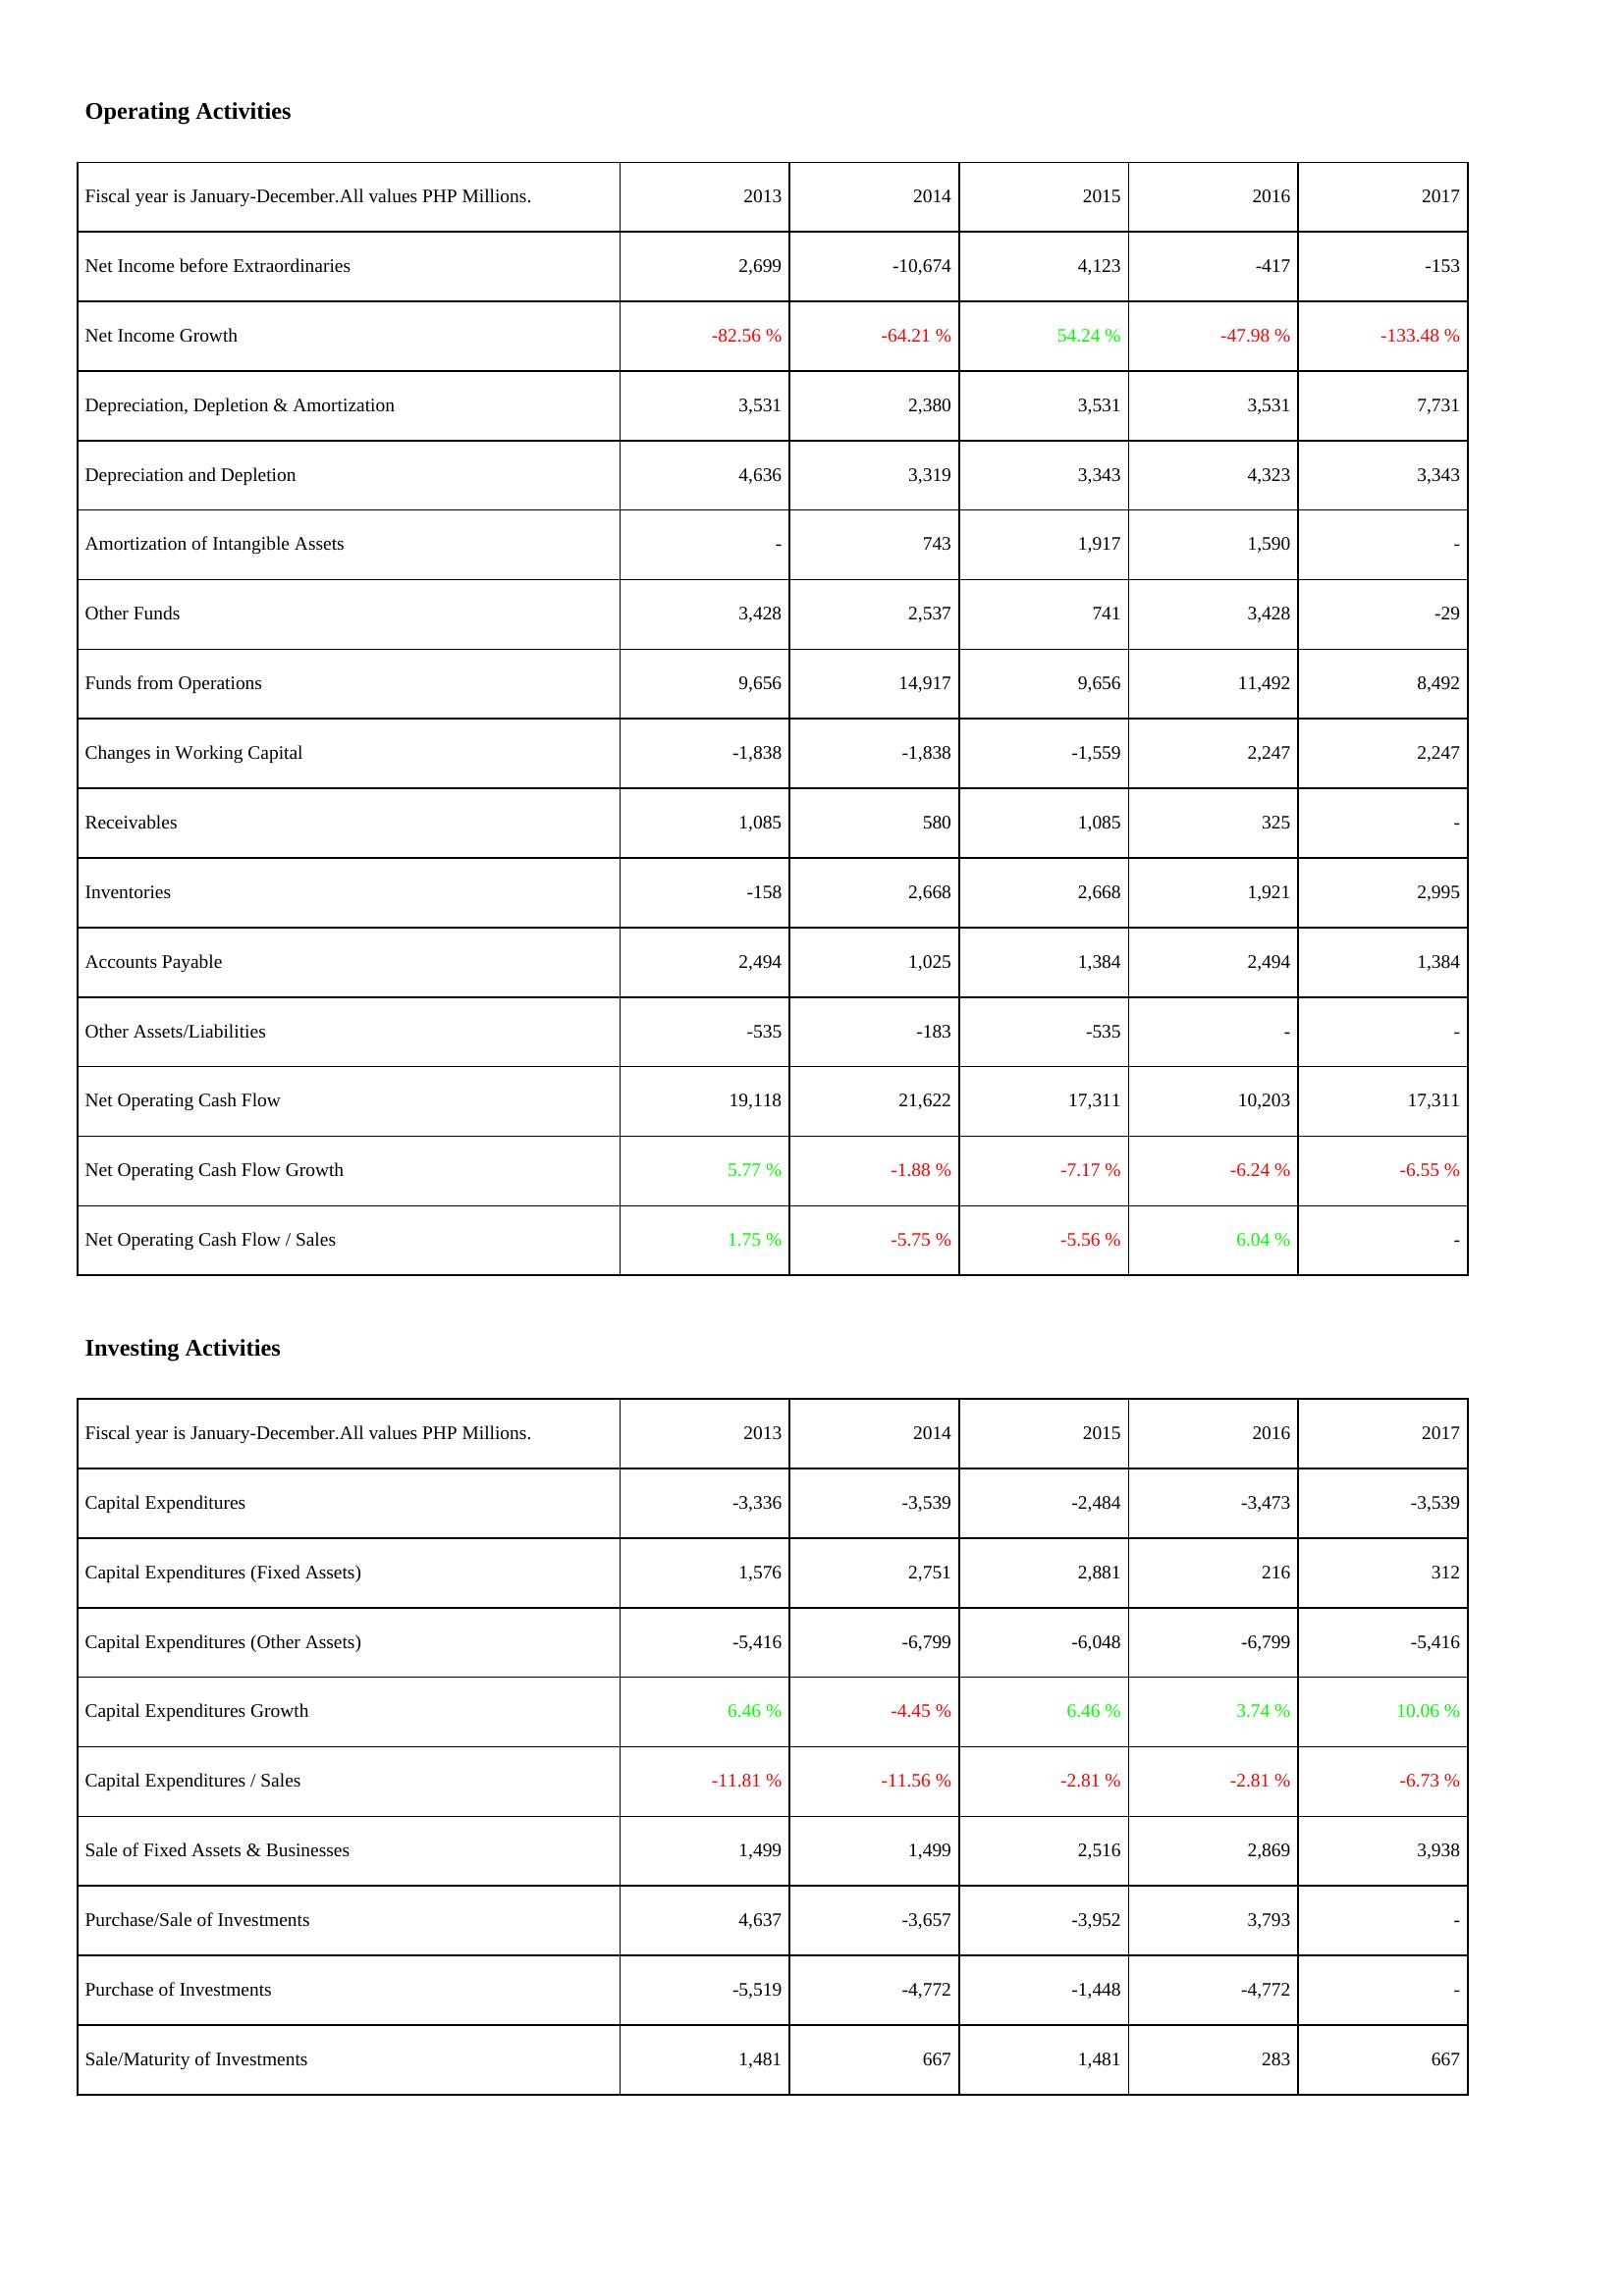
2013: Operating Activities: Net Income before Extraordinaries: 2,699
Net Income Growth: -82.56 %
Depreciation, Depletion & Amortization: 3,531
Depreciation and Depletion: 4,636
Amortization of Intangible Assets: -
Other Funds: 3,428
Funds from Operations: 9,656
Changes in Working Capital: -1,838
Receivables: 1,085
Inventories: -158
Accounts Payable: 2,494
Other Assets/Liabilities: -535
Net Operating Cash Flow: 19,118
Net Operating Cash Flow Growth: 5.77 %
Net Operating Cash Flow / Sales: 1.75 %
Investing Activities: Capital Expenditures: -3,336
Capital Expenditures (Fixed Assets): 1,576
Capital Expenditures (Other Assets): -5,416
Capital Expenditures Growth: 6.46 %
Capital Expenditures / Sales: -11.81 %
Sale of Fixed Assets & Businesses: 1,499
Purchase/Sale of Investments: 4,637
Purchase of Investments: -5,519
Sale/Maturity of Investments: 1,481
2014: Operating Activities: Net Income before Extraordinaries: -10,674
Net Income Growth: -64.21 %
Depreciation, Depletion & Amortization: 2,380
Depreciation and Depletion: 3,319
Amortization of Intangible Assets: 743
Other Funds: 2,537
Funds from Operations: 14,917
Changes in Working Capital: -1,838
Receivables: 580
Inventories: 2,668
Accounts Payable: 1,025
Other Assets/Liabilities: -183
Net Operating Cash Flow: 21,622
Net Operating Cash Flow Growth: -1.88 %
Net Operating Cash Flow / Sales: -5.75 %
Investing Activities: Capital Expenditures: -3,539
Capital Expenditures (Fixed Assets): 2,751
Capital Expenditures (Other Assets): -6,799
Capital Expenditures Growth: -4.45 %
Capital Expenditures / Sales: -11.56 %
Sale of Fixed Assets & Businesses: 1,499
Purchase/Sale of Investments: -3,657
Purchase of Investments: -4,772
Sale/Maturity of Investments: 667
2015: Operating Activities: Net Income before Extraordinaries: 4,123
Net Income Growth: 54.24 %
Depreciation, Depletion & Amortization: 3,531
Depreciation and Depletion: 3,343
Amortization of Intangible Assets: 1,917
Other Funds: 741
Funds from Operations: 9,656
Changes in Working Capital: -1,559
Receivables: 1,085
Inventories: 2,668
Accounts Payable: 1,384
Other Assets/Liabilities: -535
Net Operating Cash Flow: 17,311
Net Operating Cash Flow Growth: -7.17 %
Net Operating Cash Flow / Sales: -5.56 %
Investing Activities: Capital Expenditures: -2,484
Capital Expenditures (Fixed Assets): 2,881
Capital Expenditures (Other Assets): -6,048
Capital Expenditures Growth: 6.46 %
Capital Expenditures / Sales: -2.81 %
Sale of Fixed Assets & Businesses: 2,516
Purchase/Sale of Investments: -3,952
Purchase of Investments: -1,448
Sale/Maturity of Investments: 1,481
2016: Operating Activities: Net Income before Extraordinaries: -417
Net Income Growth: -47.98 %
Depreciation, Depletion & Amortization: 3,531
Depreciation and Depletion: 4,323
Amortization of Intangible Assets: 1,590
Other Funds: 3,428
Funds from Operations: 11,492
Changes in Working Capital: 2,247
Receivables: 325
Inventories: 1,921
Accounts Payable: 2,494
Other Assets/Liabilities: -
Net Operating Cash Flow: 10,203
Net Operating Cash Flow Growth: -6.24 %
Net Operating Cash Flow / Sales: 6.04 %
Investing Activities: Capital Expenditures: -3,473
Capital Expenditures (Fixed Assets): 216
Capital Expenditures (Other Assets): -6,799
Capital Expenditures Growth: 3.74 %
Capital Expenditures / Sales: -2.81 %
Sale of Fixed Assets & Businesses: 2,869
Purchase/Sale of Investments: 3,793
Purchase of Investments: -4,772
Sale/Maturity of Investments: 283
2017: Operating Activities: Net Income before Extraordinaries: -153
Net Income Growth: -133.48 %
Depreciation, Depletion & Amortization: 7,731
Depreciation and Depletion: 3,343
Amortization of Intangible Assets: -
Other Funds: -29
Funds from Operations: 8,492
Changes in Working Capital: 2,247
Receivables: -
Inventories: 2,995
Accounts Payable: 1,384
Other Assets/Liabilities: -
Net Operating Cash Flow: 17,311
Net Operating Cash Flow Growth: -6.55 %
Net Operating Cash Flow / Sales: -
Investing Activities: Capital Expenditures: -3,539
Capital Expenditures (Fixed Assets): 312
Capital Expenditures (Other Assets): -5,416
Capital Expenditures Growth: 10.06 %
Capital Expenditures / Sales: -6.73 %
Sale of Fixed Assets & Businesses: 3,938
Purchase/Sale of Investments: -
Purchase of Investments: -
Sale/Maturity of Investments: 667